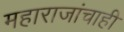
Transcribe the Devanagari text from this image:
महाराजांचाही